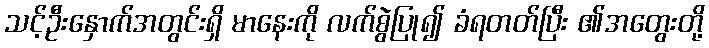
သင့်ဦးနှောက်အတွင်းရှိ မာနေးကို လက်စွဲပြု၍ ခံရတတ်ပြီး ၏အတွေးတို့